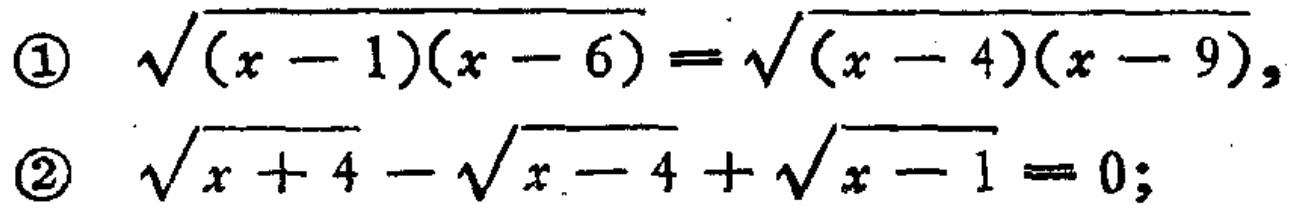
\textcircled{1} $\sqrt{(x - 1)(x - 6)}=\sqrt{(x - 4)(x - 9)}$
\textcircled{2} $\sqrt{x + 4}-\sqrt{x - 4}+\sqrt{x - 1}=0$